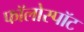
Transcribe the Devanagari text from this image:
फॉलोस्पॉट